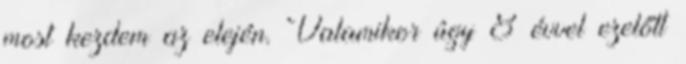
most kezdem az elején. Valamikor úgy 8 évvel ezelőtt